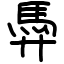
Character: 馵